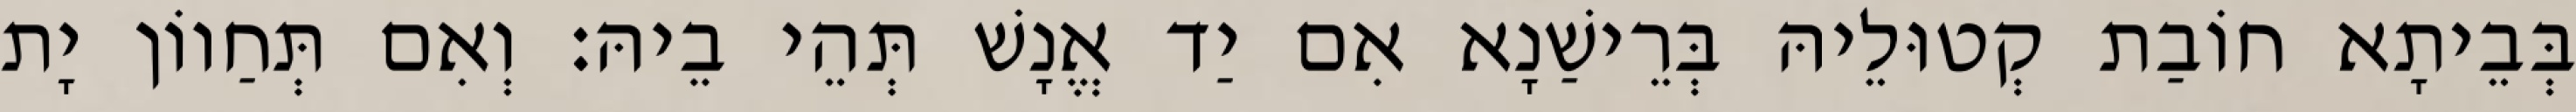
בְּבֵיתָא חוֹבַת קְטוּלֵיהּ בְּרֵישַׁנָא אִם יַד אֱנָשׁ תְּהֵי בֵיהּ׃ וְאִם תְּחַווֹן יָת